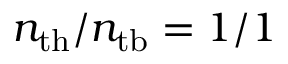
n _ { \mathrm { t h } } / n _ { \mathrm { t b } } = 1 / 1